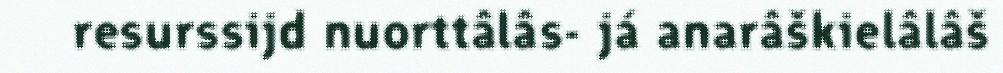
resurssijd nuorttâlâs- já anarâškielâlâš